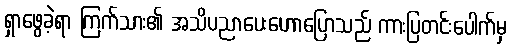
ရှာဖွေခဲ့ရာ ကြက်သား၏ အသိပညာပေးဟောပြောသည် ကားပြတင်းပေါက်မှ